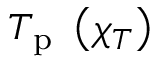
T _ { \mathrm { p } } \, \, \left( \chi _ { T } \right)